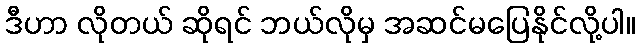
ဒီဟာ လိုတယ် ဆိုရင် ဘယ်လိုမှ အဆင်မပြေနိုင်လို့ပါ။